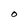
Character: O